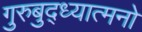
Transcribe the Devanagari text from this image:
गुरुबुद्ध्यात्मनो